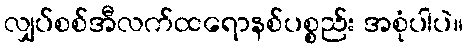
လျှပ်စစ်အီလက်ထရောနစ်ပစ္စည်း အစုံပါပဲ။